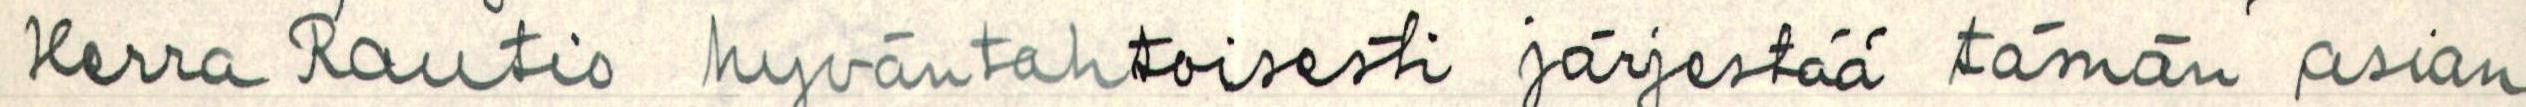
Herra Rautio hyväntahtoisesti järjestää tämän asian